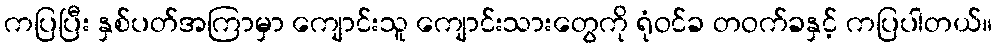
ကပြပြီး နှစ်ပတ်အကြာမှာ ကျောင်းသူ ကျောင်းသားတွေကို ရုံဝင်ခ တဝက်ခနှင့် ကပြပါတယ်။